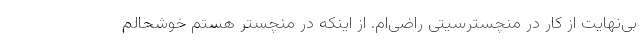
بی‌نهایت از کار در منچسترسیتی راضی‌ام. از اینکه در منچستر هستم خوشحالم